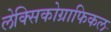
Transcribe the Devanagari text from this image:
लेक्सिकोग्राफिकल